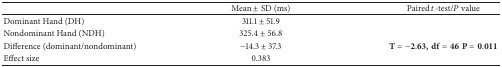
<table><thead><tr><td><b> </b></td><td><b>Mean ± SD (ms)</b></td><td><b>Paired <i>t</i>-test/<i>P</i> value</b></td></tr></thead><tbody><tr><td>Dominant Hand (DH)</td><td>311.1 ± 51.9</td><td> </td></tr><tr><td>Nondominant Hand (NDH)</td><td>325.4 ± 56.8</td><td> </td></tr><tr><td>Difference (dominant/nondominant)</td><td>−14.3 ± 37.3</td><td><b>T</b> = −<b>2.63</b>,<b>d</b><b>f</b> = <b>46</b><b>P</b> = <b>0.011</b></td></tr><tr><td>Effect size</td><td>0.383</td><td> </td></tr></tbody></table>